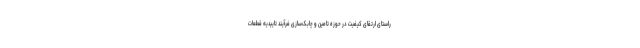
راستای ارتقای کیفیت در حوزه تامین و چابک‌سازی فرآیند تاییدیه قطعات